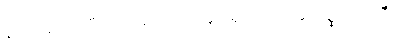
နိကာမလာဘီ၊ အလိုရှိတိုင်းရခြင်းရှိသည်။ အကိစ္ဆာလာလီ၊